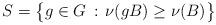
LaTeX: \begin{align*}S = \big\{ g \in G \, : \, \nu(gB) \geq \nu(B) \big\}\end{align*}